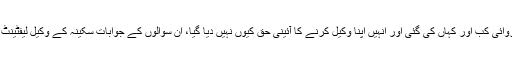
‘ مگر فوج کے پاس اس کے کیا شواہد ہیں، ان کے خلاف عدالتی کارروائی کب اور کہاں کی گئی اور انہیں اپنا وکیل کرنے کا آئینی حق کیوں نہیں دیا گیا، ان سوالوں کے جوابات سکینہ کے وکیل لیفٹینٹ کرنل (ر) انعام اللہ رحیم بھی حاصل کرنے میں تاحال ناکام رہے ہیں۔